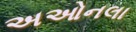
અઓનલા